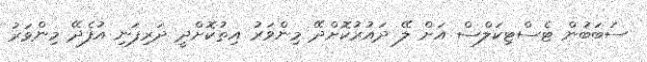
ސަބަބުން ޓެސްޓިކަލްސް އަށް ލޭ ދައުރުކޮށްދޭ މިންވަރު އިތުކޮށްދީ ދަރިފަނި އުފެދޭ މިންވަރު